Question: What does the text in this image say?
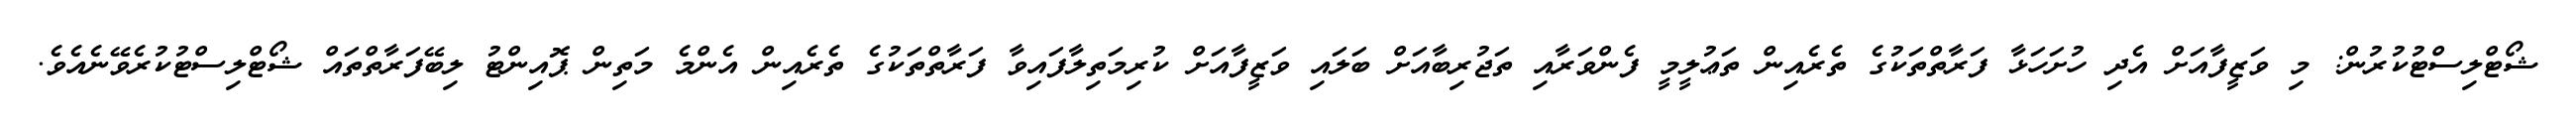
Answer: ޝޯޓްލިސްޓުކުރުން: މި ވަޒީފާއަށް އެދި ހުށަހަޅާ ފަރާތްތަކުގެ ތެރެއިން ތަޢުލީމީ ފެންވަރާއި ތަޖުރިބާއަށް ބަލައި ވަޒީފާއަށް ކުރިމަތިލާފައިވާ ފަރާތްތަކުގެ ތެރެއިން އެންމެ މަތިން ޕޮއިންޓު ލިބޭފަރާތްތައް ޝޯޓްލިސްޓުކުރެވޭނެއެވެ.